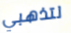
لتذهبي